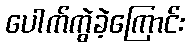
ပေါက်ကွဲခဲ့ကြောင်း